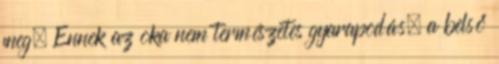
meg. Ennek az oka nem természetes gyarapodás. a belső